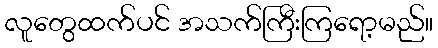
လူတွေထက်ပင် အသက်ကြီးကြရော့မည်။